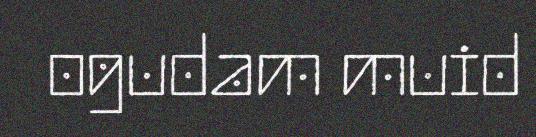
ogudam muid